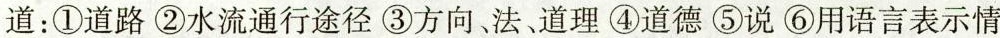
道：①道路②水流通行途径③方向、法、道理④道德⑤说⑥用语言表示情